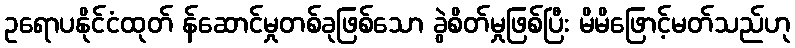
ဥရောပနိုင်ငံထုတ် န်ဆောင်မှုတစ်ခုဖြစ်သော ခွဲစိတ်မှုဖြစ်ပြီး မိမိဖြောင့်မတ်သည်ဟု